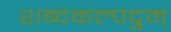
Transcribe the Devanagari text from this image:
शब्दकल्पद्रुम्